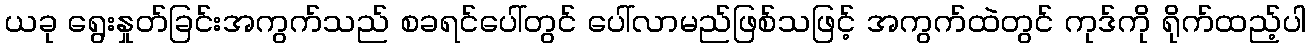
ယခု ရွေးနှုတ်ခြင်းအကွက်သည် စခရင်ပေါ်တွင် ပေါ်လာမည်ဖြစ်သဖြင့် အကွက်ထဲတွင် ကုဒ်ကို ရိုက်ထည့်ပါ